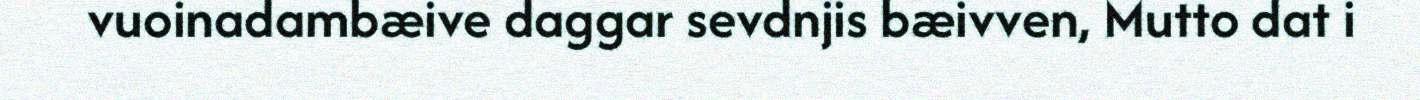
vuoinadambæive daggar sevdnjis bæivven, Mutto dat i